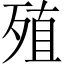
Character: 殖